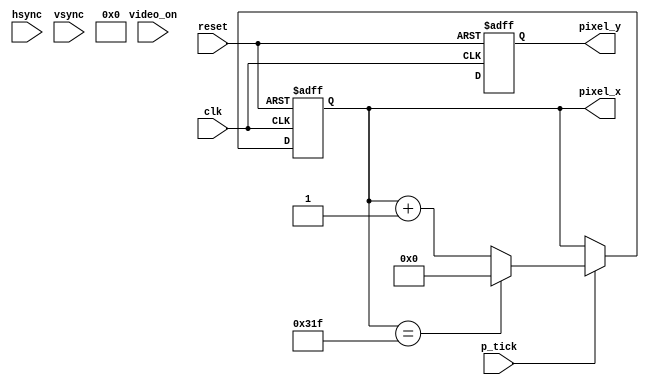
module vga_sync
(
	clk, reset, hsync, vsync, video_on, p_tick, pixel_x, pixel_y
);

input wire clk, reset, hsync, vsync, video_on, p_tick;
output wire [9:0] pixel_x, pixel_y;

localparam HD = 640;
localparam HF = 48;
localparam HB = 16;
localparam HR = 96;
localparam VD = 480;
localparam VF = 10;
localparam VB = 33;
localparam VR = 2;

reg mod2_reg, v_sync_reg, h_sync_reg;
reg [9:0] h_count_reg, h_count_next;
reg [9:0] v_count_reg, v_count_next;
wire v_sync_next, h_sync_next, h_end, v_end, pixel_tick, mod2_next;
	
always @(posedge clk or posedge reset) begin
	if (reset) begin
		mod2_reg <= 1'b0;
		v_count_reg <= 0;
		h_count_reg <= 0;
		v_sync_reg <= 1'b0;
		h_sync_reg <= 1'b0;
	end
	else begin
		mod2_reg <= mod2_next;
		v_count_reg <= v_count_nexy;
		h_count_reg <= h_count_next;
		v_sync_reg <= v_sync_next;
		h_sync_reg <= h_sync_next;
	end
end

assign mod2_next = ~mod2_reg;
assign pixel = mod2_reg;

assign h_end = (h_count_reg == (HD+HF+HB+HR-1));
assign v_end = (v_count_reg == (VD+VF+VB+VR-1));

always @(*) begin
	if (pixel_tick) begin
		if (h_end)
			h_count_next = 0;
		else
			h_count_next = h_count_reg + 1;
	end
	else
		h_count_next = h_count_reg;
end

always @(*) begin
	if (pixel_tick) begin
		if (v_end)
			v_count_next = 0;
		else
			v_count_next = v_count_reg + 1;
	end
	else
		v_count_next = v_count_reg;
end

assign h_sync_next = (h_count_reg >= (HD + HB)) && (h_count_reg <= (HD + HB + HR -1));
assign v_sync_next = (v_count_reg >= (VD + VB)) && (v_count_reg <= (VD + VB + VR -1));
assign video_on = (h_count_reg < HD) && (v_count_reg < VD);

assign h_sync = h_sync_reg;
assign v_sync = v_sync_reg;
assign pixel_x = h_count_reg;
assign pixel_y = v_count_reg;
assign p_tick = pixel_tick;

endmodule